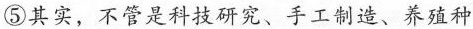
⑤其实，不管是科技研究、手工制造、养殖种